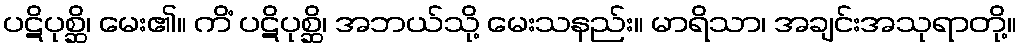
ပဋိပုစ္ဆိ၊ မေး၏။ ကိံ ပဋိပုစ္ဆိ၊ အဘယ်သို့ မေးသနည်း။ မာရိသာ၊ အချင်းအသုရာတို့။